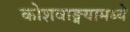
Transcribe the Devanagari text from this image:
कोशवाङ्मयामध्ये